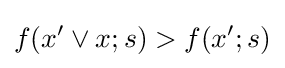
f(x'\vee x;s)>f(x';s)